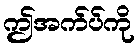
ဤအက်ပ်ကို